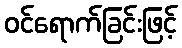
ဝင်ရောက်ခြင်းဖြင့်